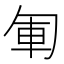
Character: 𠣞